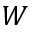
W